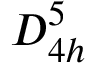
D _ { 4 h } ^ { 5 }